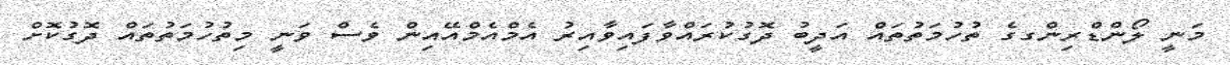
މަނީ ލޯންޑްރިންގގެ ތުހުމަތުތައް އަދީބު ދޮގުކުރައްވާފައިވާއިރު އެމްއެމްއޭއިން ވެސް ވަނީ މިތުހުމަތުތައް ދޮގުކޮށް